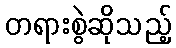
တရားစွဲဆိုသည့်